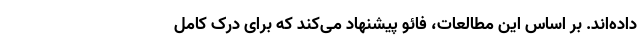
داده‌اند. بر اساس این مطالعات، فائو پیشنهاد می‌کند که برای درک کامل